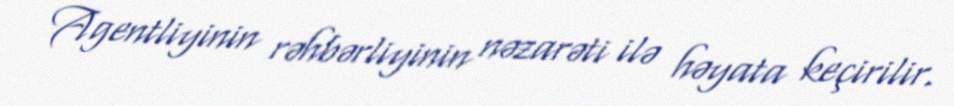
Agentliyinin rəhbərliyinin nəzarəti ilə həyata keçirilir.